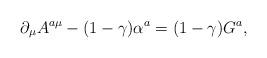
LaTeX: \begin{align*}\partial_{\mu}A^{a\mu}-(1-\gamma)\alpha^{a} = (1-\gamma)G^{a},\end{align*}